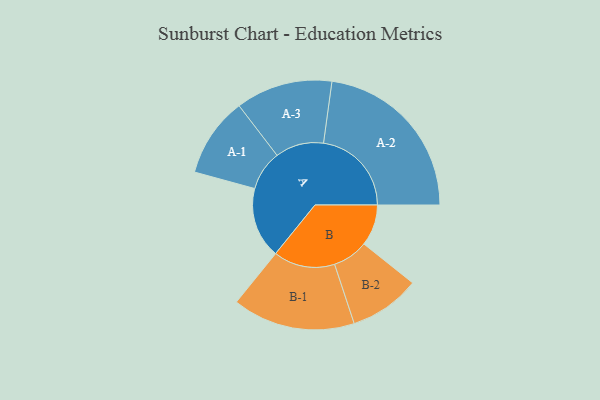
{"axis": {"x": "Segment", "y": "Value"}, "legend": ["", "A", "B"], "data": [{"x": "A", "y": 208, "type": ""}, {"x": "B", "y": 121, "type": ""}, {"x": "A-1", "y": 117, "type": "A"}, {"x": "A-2", "y": 258, "type": "A"}, {"x": "A-3", "y": 142, "type": "A"}, {"x": "B-1", "y": 180, "type": "B"}, {"x": "B-2", "y": 104, "type": "B"}]}